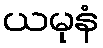
ယမုနံ